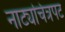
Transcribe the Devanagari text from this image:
नाट्यचित्रपट